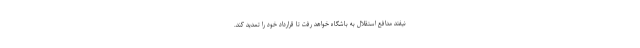
نیفتد مدافع استقلال به باشگاه خواهد رفت تا قرارداد خود را تمدید کند.